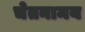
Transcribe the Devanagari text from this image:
चेतनामय